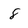
Character: 8